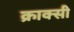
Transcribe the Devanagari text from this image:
क्राक्सी